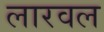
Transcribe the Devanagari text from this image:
लारवल